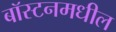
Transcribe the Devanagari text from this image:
बॉस्टनमधील